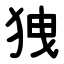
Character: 㹭